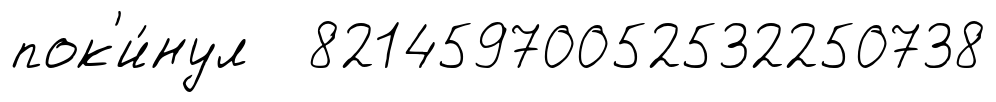
пок'и́нул 82145970052532250738